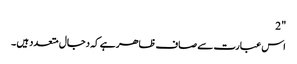
" 2
اس عبارت سے صاف ظاھر ہے کہ دجال متعدد ہیں ۔